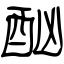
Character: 酗